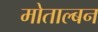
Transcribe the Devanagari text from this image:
मोताल्बन